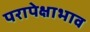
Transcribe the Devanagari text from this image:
परापेक्षाभाव